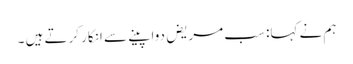
ہم نے کہا: سب مریض دوا پینے سے انکار کرتے ہیں ۔